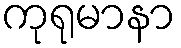
ကုရုမာနာ